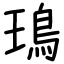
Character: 鳿